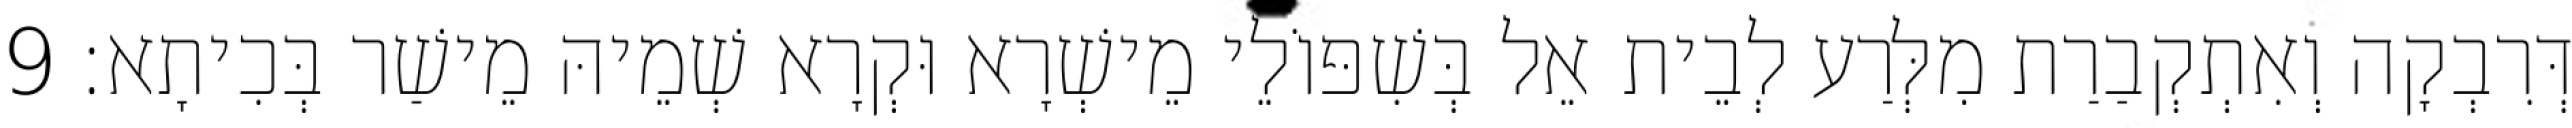
דְּרִבְקָה וְאִתְקְבַרַת מִלְּרַע לְבֵית אֵל בְּשִׁפּוֹלֵי מֵישְׁרָא וּקְרָא שְׁמֵיהּ מֵישַׁר בְּכִיתָא׃ 9